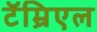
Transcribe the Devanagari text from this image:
टॅम्रिएल